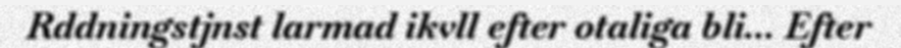
Rddningstjnst larmad ikvll efter otaliga bli... Efter